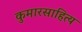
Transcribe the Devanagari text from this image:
कुमारसाहित्य